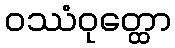
ဝဿံဝုတ္ထော